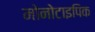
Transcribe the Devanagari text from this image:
मोनोटाइपिक